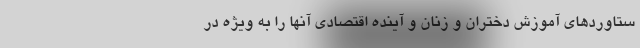
ستاوردهای آموزش دختران و زنان و آینده اقتصادی آنها را به ویژه در